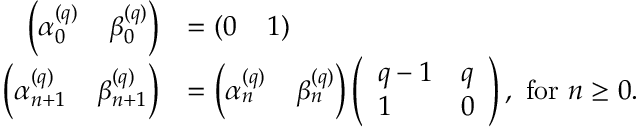
\begin{array} { r l } { \left( \alpha _ { 0 } ^ { ( q ) } \; \; \; \; \beta _ { 0 } ^ { ( q ) } \right) } & { = ( 0 \; \; \; \; 1 ) } \\ { \left( \alpha _ { n + 1 } ^ { ( q ) } \; \; \; \; \beta _ { n + 1 } ^ { ( q ) } \right) } & { = \left( \alpha _ { n } ^ { ( q ) } \; \; \; \; \beta _ { n } ^ { ( q ) } \right) \left( \begin{array} { l l } { q - 1 } & { q } \\ { 1 } & { 0 } \end{array} \right) , \mathrm { ~ f o r ~ } n \geq 0 . } \end{array}